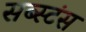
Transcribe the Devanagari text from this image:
सब्स्टंस